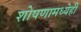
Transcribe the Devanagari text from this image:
शोषणामध्येही